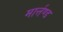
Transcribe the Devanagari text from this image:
मार्त्तण्ड